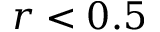
r < 0 . 5